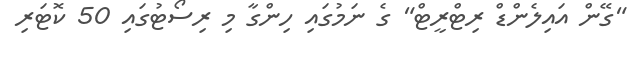
"ގޭން އައިލެންޑް ރިޓްރީޓް" ގެ ނަމުގައި ހިންގާ މި ރިސޯޓުގައި 50 ކޮޓަރި